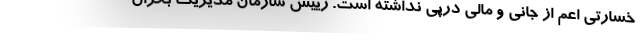
خسارتی اعم از جانی و مالی درپی نداشته است. رییس سازمان مدیریت بحران